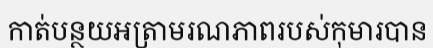
កាត់បន្ថយអត្រាមរណភាពរបស់កុមារបាន